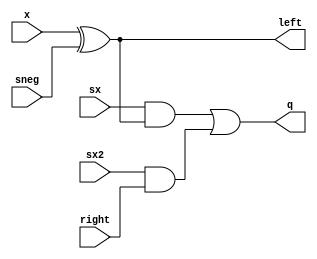
module tri_fu_mul_bthmux(
   x,
   sneg,
   sx,
   sx2,
   right,
   left,
   q
);
   input   x;
   input   sneg;		// do not flip the input (add)
   input   sx;		// shift by 1
   input   sx2;		// shift by 2
   input   right;		// bit from the right (lsb)
   output  left;		// bit from the left
   output  q;		// final output

   wire    center;
   wire    q_b;

   assign center = x ^ sneg;

   assign left = center;		//output-- rename, no gate

   assign q_b = (~((sx & center) | (sx2 & right)));

   assign q = (~q_b);		// output--

endmodule